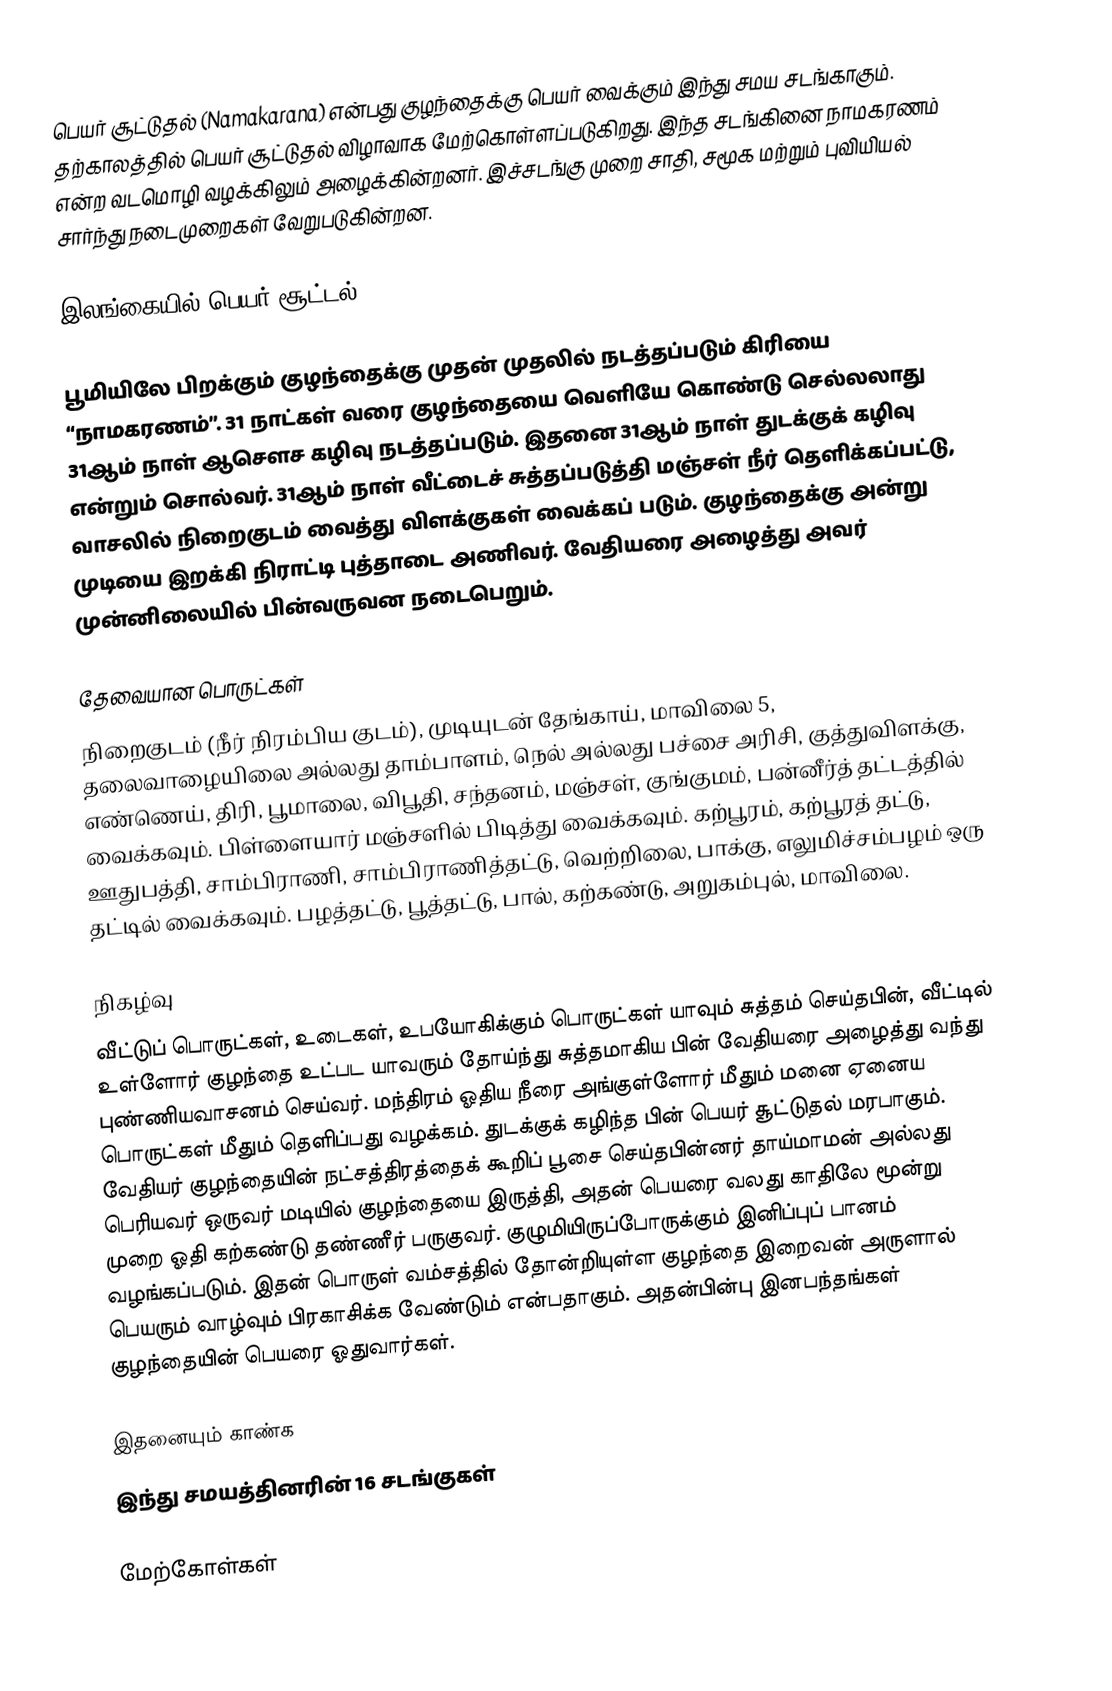
பெயர் சூட்டுதல் (Namakarana) என்பது குழந்தைக்கு பெயர் வைக்கும் இந்து சமய சடங்காகும். தற்காலத்தில் பெயர் சூட்டுதல் விழாவாக மேற்கொள்ளப்படுகிறது. இந்த சடங்கினை நாமகரணம்  என்ற வடமொழி வழக்கிலும் அழைக்கின்றனர். இச்சடங்கு முறை சாதி, சமூக மற்றும் புவியியல் சார்ந்து நடைமுறைகள் வேறுபடுகின்றன.

இலங்கையில் பெயர் சூட்டல்

பூமியிலே பிறக்கும் குழந்தைக்கு முதன் முதலில் நடத்தப்படும் கிரியை “நாமகரணம்”. 31 நாட்கள் வரை குழந்தையை வெளியே கொண்டு செல்லலாது 31ஆம் நாள் ஆசௌச கழிவு நடத்தப்படும். இதனை 31ஆம் நாள் துடக்குக் கழிவு என்றும் சொல்வர். 31ஆம் நாள் வீட்டைச் சுத்தப்படுத்தி மஞ்சள் நீர் தெளிக்கப்பட்டு, வாசலில் நிறைகுடம் வைத்து விளக்குகள் வைக்கப் படும். குழந்தைக்கு அன்று முடியை இறக்கி நிராட்டி புத்தாடை அணிவர். வேதியரை அழைத்து அவர் முன்னிலையில் பின்வருவன நடைபெறும்.

தேவையான பொருட்கள்
நிறைகுடம் (நீர் நிரம்பிய குடம்), முடியுடன் தேங்காய், மாவிலை 5, தலைவாழையிலை அல்லது தாம்பாளம், நெல் அல்லது பச்சை அரிசி, குத்துவிளக்கு, எண்ணெய், திரி, பூமாலை, விபூதி, சந்தனம், மஞ்சள், குங்குமம், பன்னீர்த் தட்டத்தில் வைக்கவும். பிள்ளையார் மஞ்சளில் பிடித்து வைக்கவும். கற்பூரம், கற்பூரத் தட்டு, ஊதுபத்தி, சாம்பிராணி, சாம்பிராணித்தட்டு, வெற்றிலை, பாக்கு, எலுமிச்சம்பழம் ஒரு தட்டில் வைக்கவும். பழத்தட்டு, பூத்தட்டு, பால், கற்கண்டு, அறுகம்புல், மாவிலை.

நிகழ்வு
வீட்டுப் பொருட்கள், உடைகள், உபயோகிக்கும் பொருட்கள் யாவும் சுத்தம் செய்தபின், வீட்டில் உள்ளோர் குழந்தை உட்பட யாவரும் தோய்ந்து சுத்தமாகிய பின் வேதியரை அழைத்து வந்து புண்ணியவாசனம் செய்வர். மந்திரம் ஓதிய நீரை அங்குள்ளோர் மீதும் மனை ஏனைய பொருட்கள் மீதும் தெளிப்பது வழக்கம். துடக்குக் கழிந்த பின் பெயர் சூட்டுதல் மரபாகும். வேதியர் குழந்தையின் நட்சத்திரத்தைக் கூறிப் பூசை செய்தபின்னர் தாய்மாமன் அல்லது பெரியவர் ஒருவர் மடியில் குழந்தையை இருத்தி, அதன் பெயரை வலது காதிலே மூன்று முறை ஓதி கற்கண்டு தண்ணீர் பருகுவர். குழுமியிருப்போருக்கும் இனிப்புப் பானம் வழங்கப்படும். இதன் பொருள் வம்சத்தில் தோன்றியுள்ள குழந்தை இறைவன் அருளால் பெயரும் வாழ்வும் பிரகாசிக்க வேண்டும் என்பதாகும். அதன்பின்பு இனபந்தங்கள் குழந்தையின் பெயரை ஓதுவார்கள்.

இதனையும் காண்க
இந்து சமயத்தினரின் 16 சடங்குகள்

மேற்கோள்கள்